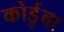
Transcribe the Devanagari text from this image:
कोर्डुबा